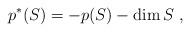
LaTeX: \begin{align*}p^*(S)=-p(S)-\dim S \ ,\end{align*}